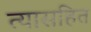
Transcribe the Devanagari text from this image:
त्यासहित